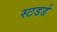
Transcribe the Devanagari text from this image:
स्टडर्ड